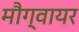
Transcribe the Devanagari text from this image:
मौग्वायर